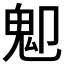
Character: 𩱺